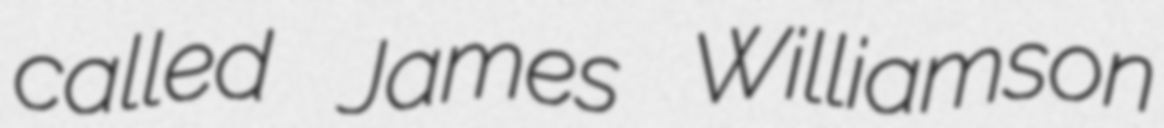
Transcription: called James Williamson